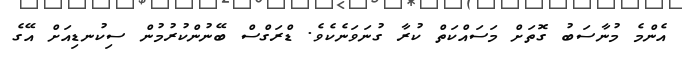
އެންމެ މުނާސަބު ގޮތަށް މަސައްކަތް ކުރާ ގުނަވަނެކެވެ. ޑްރަގްސް ބޭނުންކުރުމުން ސިކުނޑިއަށް އޭގެ